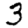
Digit: 3